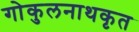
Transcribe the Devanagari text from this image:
गोकुलनाथकृत